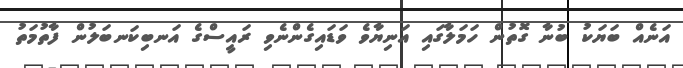
އަނެއް ބަޔަކު ބުނާ ގޮތުން ހަމަލާގައި އަނިޔާވެ ވަޑައިގެންނެވި ރައީސްގެ އަނބިކަނބަލުން ފާތުމަތު